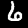
Digit: 6